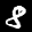
Label: 8